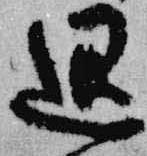
退